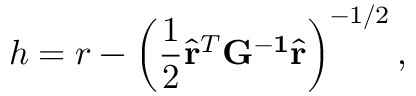
h = r - \left( \frac { 1 } { 2 } \hat { { \mathbf r } } ^ { T } \mathrm { \bf G ^ { - 1 } } \hat { { \mathbf r } } \right) ^ { - 1 / 2 } ,